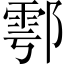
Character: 鄠